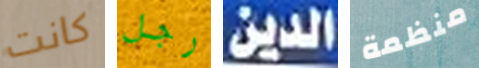
كانت رجل الدين منظمة